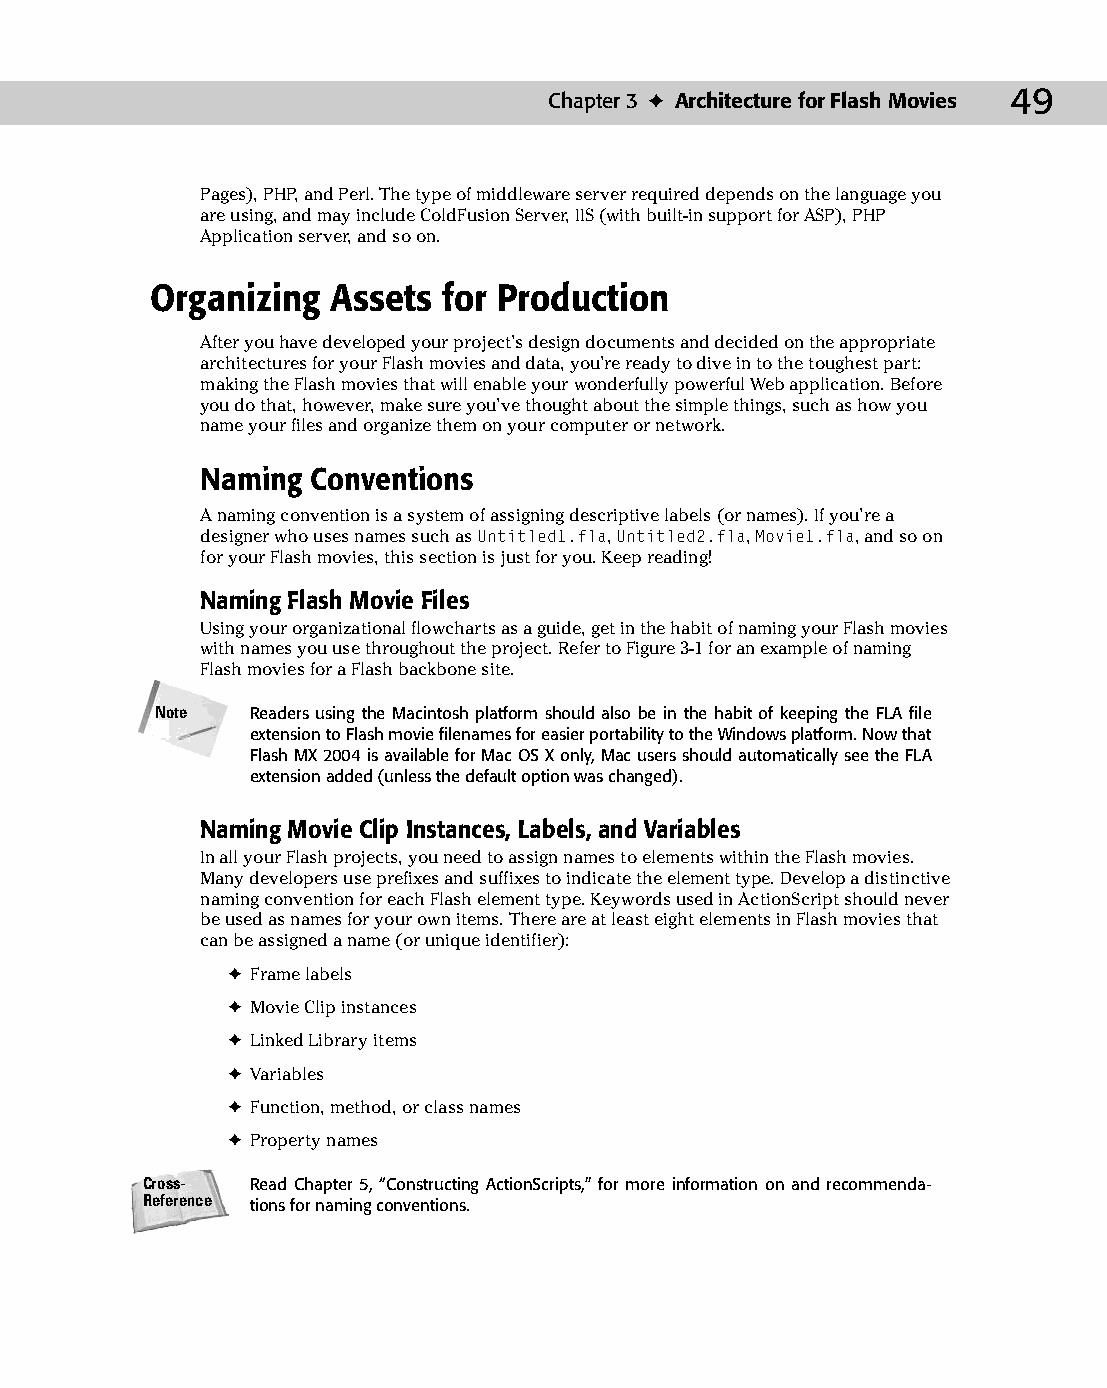
05 543547 ch03.qxd 3/24/04 3:51 PM Page 49
 Chapter 3 ✦ Architecture for Flash Movies 49
 Pages), PHP, and Perl. The type of middleware server required depends on the language you
 are using, and may include ColdFusion Server, IIS (with built-in support for ASP), PHP
 Application server, and so on.
 Organizing  Assets for Production
 After you have developed your project’s design documents and decided on the appropriate
 architectures for your Flash movies and data, you’re ready to dive in to the toughest part:
 making the Flash movies that will enable your wonderfully powerful Web application. Before
 you do that, however, make sure you’ve thought about the simple things, such as how you
 name your files and organize them on your computer or network.
 Naming  Conventions
 A naming convention is a system of assigning descriptive labels (or names). If you’re a
 designer who uses names such as Untitled1.fla, Untitled2.fla, Movie1.fla, and so on
 for your Flash movies, this section is just for you. Keep reading!
 Naming Flash Movie Files
 Using your organizational flowcharts as a guide, get in the habit of naming your Flash movies
 with names you use throughout the project. Refer to Figure 3-1 for an example of naming
 Flash movies for a Flash backbone site.
 Note   Readers using the Macintosh platform should also be in the habit of keeping the FLA file
 extension to Flash movie filenames for easier portability to the Windows platform. Now that
 Flash MX 2004 is available for Mac OS X only, Mac users should automatically see the FLA
 extension added (unless the default option was changed).
 Naming Movie Clip Instances, Labels, and Variables
 In all your Flash projects, you need to assign names to elements within the Flash movies.
 Many developers use prefixes and suffixes to indicate the element type. Develop a distinctive
 naming convention for each Flash element type. Keywords used in ActionScript should never
 be used as names for your own items. There are at least eight elements in Flash movies that
 can be assigned a name (or unique identifier):
 ✦ Frame labels
 ✦ Movie Clip instances
 ✦ Linked Library items
 ✦ Variables
 ✦ Function, method, or class names
 ✦ Property names
 Cross-  Read Chapter 5, “Constructing ActionScripts,” for more information on and recommenda­
 Reference tions for naming conventions.